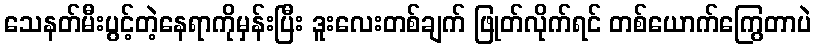
သေနတ်မီးပွင့်တဲ့နေရာကိုမှန်းပြီး ဒူးလေးတစ်ချက် ဖြုတ်လိုက်ရင် တစ်ယောက်ကြွေတာပဲ